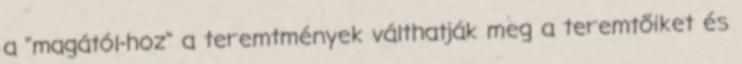
a "magától-hoz" a teremtmények válthatják meg a teremtőiket és